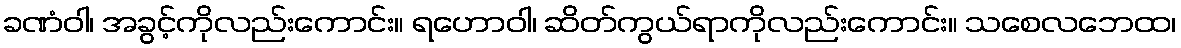
ခဏံဝါ၊ အခွင့်ကိုလည်းကောင်း။ ရဟောဝါ၊ ဆိတ်ကွယ်ရာကိုလည်းကောင်း။ သစေလဘေထ၊